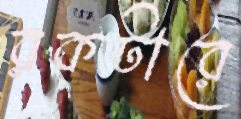
রকটারে